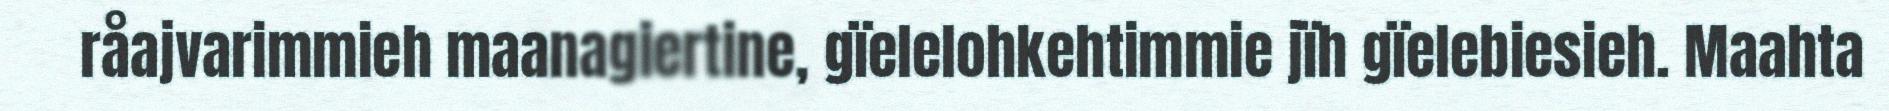
råajvarimmieh maanagiertine, gïelelohkehtimmie jïh gïelebiesieh. Maahta